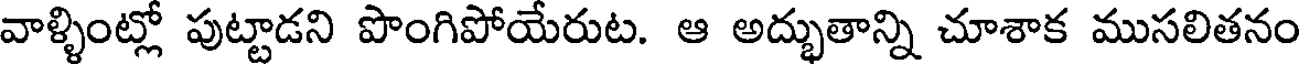
వాళ్ళింట్లో పుట్టాడని పొంగిపోయేరుట. ఆ అద్భుతాన్ని చూశాక ముసలితనం